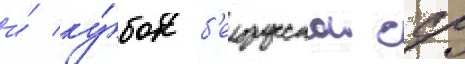
и́ ку́бок б'елорусскои сср